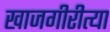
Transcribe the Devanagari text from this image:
खाजगीरीत्या